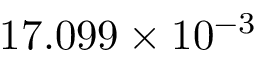
1 7 . 0 9 9 \times 1 0 ^ { - 3 }